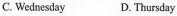
C. Wednesday D.Thursday